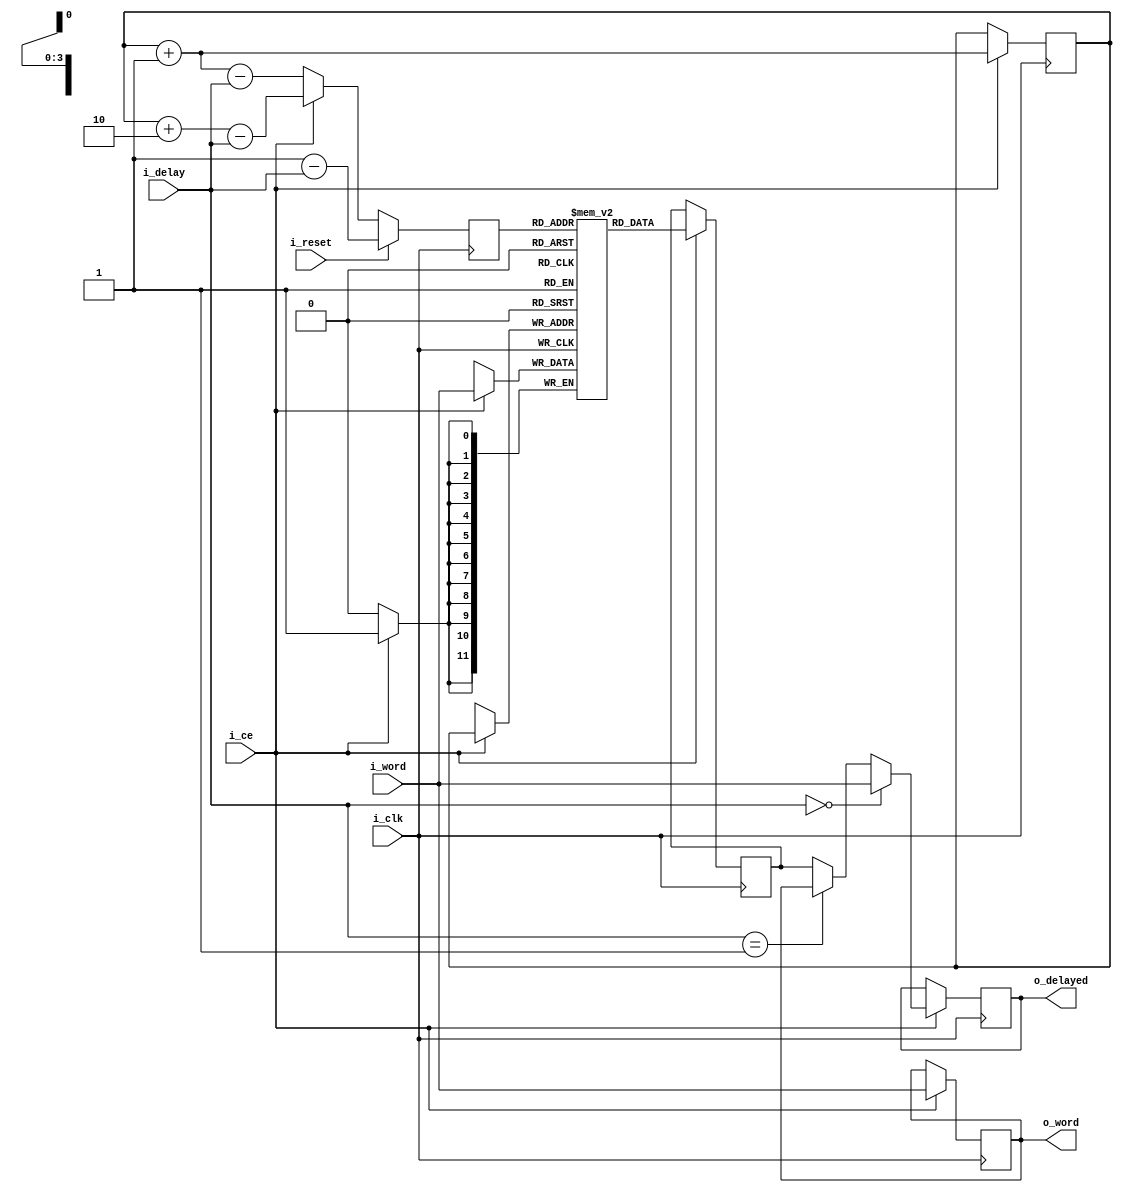
////////////////////////////////////////////////////////////////////////////////
//
// {{{
// Project:	DSP Filtering Example Project
//
// Purpose:	To delay an input word by a programmable number of clocks with
//		respect to a second word.
//
// Creator:	Dan Gisselquist, Ph.D.
//		Gisselquist Technology, LLC
//
////////////////////////////////////////////////////////////////////////////////
// }}}
// Copyright (C) 2017-2024, Gisselquist Technology, LLC
// {{{
// This file is part of the DSP filtering set of designs.
//
// The DSP filtering designs are free RTL designs: you can redistribute them
// and/or modify any of them under the terms of the GNU Lesser General Public
// License as published by the Free Software Foundation, either version 3 of
// the License, or (at your option) any later version.
//
// The DSP filtering designs are distributed in the hope that they will be
// useful, but WITHOUT ANY WARRANTY; without even the implied warranty of
// MERCHANTIBILITY or FITNESS FOR A PARTICULAR PURPOSE.  See the GNU Lesser
// General Public License for more details.
//
// You should have received a copy of the GNU Lesser General Public License
// along with these designs.  (It's in the $(ROOT)/doc directory.  Run make
// with no target there if the PDF file isn't present.)  If not, see
// <http://www.gnu.org/licenses/> for a copy.
// }}}
// License:	LGPL, v3, as defined and found on www.gnu.org,
// {{{
//		http://www.gnu.org/licenses/lgpl.html
//
////////////////////////////////////////////////////////////////////////////////
//
//
`default_nettype	none
// }}}
module delayw #(
		// {{{
		//
		// LGDLY
		// {{{
		// LGDLY is the log based two of the desired maximum delay.  It
		// is used to size the component, as this determines the memory
		// size and the number of address bits required.  As an example,
		// for a LGDLY of 4, delays between 0 and 15 samples should be
		// possible.
		parameter		LGDLY=4,
		// }}}
		// DW
		// {{{
		// DW is the data or word width of the value that needs to be
		// delayed.
		parameter		DW=12,
		// }}}
		// FIXED_DELAY
		// {{{
		// If your application requires a fixed, non-zero delay--set it
		// here.  Subsequent values in i_delay will then be ignored.
		parameter [(LGDLY-1):0]	FIXED_DELAY=0
		// }}}
		// }}}
	) (
		// {{{
		input				i_clk, i_reset,
		input	wire [(LGDLY-1):0]	i_delay,
		input	wire			i_ce,
		input	wire	[(DW-1):0]	i_word,
		output	reg	[(DW-1):0]	o_word, o_delayed
		// }}}
	);

	// Local declarations
	// {{{
	reg	[(LGDLY-1):0]	rdaddr, wraddr;
	wire	[(LGDLY-1):0]	one, two;
	reg	[(DW-1):0]	mem	[0:((1<<LGDLY)-1)];
	reg	[(DW-1):0]	memval;

	wire [(LGDLY-1):0]	w_delay;
	// }}}

	assign	w_delay = (FIXED_DELAY != 0) ? FIXED_DELAY : i_delay;

	// Some constants we'll need truncated to the right number of bits
	// later.
	assign	one   = 1;
	assign	two   = 2;
	// assign	three = 3;	// Not needed

	// wraddr
	// {{{
	// We'll write to memory, wrapping around as we go.  wraddr will contain
	// our 'write-to-memory' address.
	//
	initial	wraddr = 0;
	always @(posedge i_clk)
	if (i_ce)
		wraddr <= wraddr + 1'b1;
	// }}}

	// Write to memory
	// {{{
	// Note: this *MUST* be done simply, or the synthesizer may not
	// recognize this as a block RAM operation.  (i.e., don't put any
	// extra logic here.)
	//
	always @(posedge i_clk)
	if (i_ce)
		mem[wraddr] <= i_word;	// clock 1
	// }}}

	// rdaddr
	// {{{
	// rdaddr contains the 'read-from-memory' address.  To keep things
	// simple, we'll force rdaddr to be re-calculated on every clock based
	// upon wraddr.
	//
	initial	rdaddr = 1; // one;
	always @(posedge i_clk)
	if (i_reset)
		rdaddr <= one -w_delay;
	else if (i_ce)
		rdaddr <= wraddr + two - w_delay;
	else
		rdaddr <= wraddr + one - w_delay;
	// }}}

	//
	// Read from memory
	// {{{
	// Note: As with the always block that writes to memory, reading from
	// memory must also be done simply--or the synthesizer might choose
	// not to use block RAM.
	//
	always @(posedge i_clk)
	if (i_ce)
		memval <= mem[rdaddr];	// clock 2
	// }}}

	// o_word, o_delayed
	// {{{
	// Process the incoming data stream
	always @(posedge i_clk)
	if (i_ce)
	begin
		if (w_delay == 0)
		begin
			// If the delay is zero, forward the input to both
			// output and delayed output.
			o_word <= i_word;
			o_delayed <= i_word;
		end else if (w_delay == 1)
		begin
			// If we wish to delay by one, then the o_word value
			// works as a nice buffer to capture what once was in
			// our input.
			o_word <= i_word;
			o_delayed <= o_word;
		end else begin
			// Otherwise ... we need to go to memory to get the
			// delayed value back out.  Why 2 or more?  Count the
			// delay stages below:
			//
			//   0        1            2         3
			// i_word | o_word
			// i_word | mem[wraddr] | memval | o_delayed
			//
			o_word <= i_word;
			o_delayed <= memval;
		end
	end
	// }}}
////////////////////////////////////////////////////////////////////////////////
////////////////////////////////////////////////////////////////////////////////
////////////////////////////////////////////////////////////////////////////////
//
// Formal properties
// {{{
////////////////////////////////////////////////////////////////////////////////
////////////////////////////////////////////////////////////////////////////////
////////////////////////////////////////////////////////////////////////////////
////////////////////////////////////////////////////////////////////////////////
`ifdef	FORMAL
	reg	f_past_valid;
	initial	f_past_valid = 1'b0;
	always @(posedge i_clk)
		f_past_valid <= 1'b1;

`ifdef	DELAY
	always @(*)
		if (!f_past_valid)
			assume(i_reset);

	always @(posedge i_clk)
	if ((f_past_valid)&&(!$past(i_ce)))
		assume(i_ce);
`endif

	always @(*)
		if (0 != FIXED_DELAY)
			assert(w_delay == FIXED_DELAY);

	always @(posedge i_clk)
	if (f_past_valid)
	begin
		if ($past(i_ce))
			assert(o_word == $past(i_word));
		else
			assert(o_word == $past(o_word));
	end

	reg	[LGDLY:0]	f_counts_til_valid;
	initial	f_counts_til_valid = -1;
	always @(posedge i_clk)
		if ((i_reset)||(w_delay != $past(w_delay)))
			f_counts_til_valid <= { 1'b0,  w_delay } +1'b1;
		else if (i_ce)
			f_counts_til_valid <= f_counts_til_valid - 1'b1;

	wire	f_valid_output;
	assign	f_valid_output = (f_counts_til_valid == 0);

	// Let's do an alternate form of a delay line, this time in the form
	// of a shift register.  On every clock, we'll move the shift register
	// right by one.  
	reg	[((1<<LGDLY)*DW-1):0]	shiftreg;
	initial	shiftreg = 0;
	always @(posedge i_clk)
	if (i_ce)
	begin
		shiftreg <= { {(DW){1'b0}}, shiftreg[(1<<LGDLY)*DW-1:DW] };
		shiftreg[(w_delay*DW) +: DW] <= i_word;

		if((f_valid_output)&&(f_past_valid)&&(w_delay ==$past(w_delay)))
			assert(shiftreg[DW-1:0] == o_delayed);
	end

	always @(posedge i_clk)
		if ((f_past_valid)&&(!$past(i_ce)))
		begin
			assert(o_delayed == $past(o_delayed));
			assert(o_word    == $past(o_word));
		end

	always @(posedge i_clk)
	if ((f_past_valid)&&($past(f_past_valid))
			&&($past(f_past_valid,2))
			&&($past(f_past_valid,3)))
	begin
		if ((f_valid_output)&&(w_delay == 2)
				&&(w_delay == $past(w_delay))
				&&($past(i_ce))
				&&($past(i_ce,2))
				&&($past(i_ce,3)))
			assert(o_delayed == $past(o_word,2));
	end
`endif
// }}}
endmodule